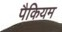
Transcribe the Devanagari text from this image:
पैकियम